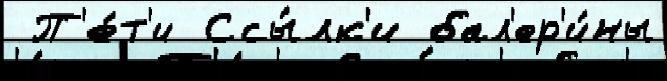
 П'е́т'и Ссы́лк'и бал'ер'и́ны